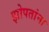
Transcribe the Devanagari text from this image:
झोपतांना